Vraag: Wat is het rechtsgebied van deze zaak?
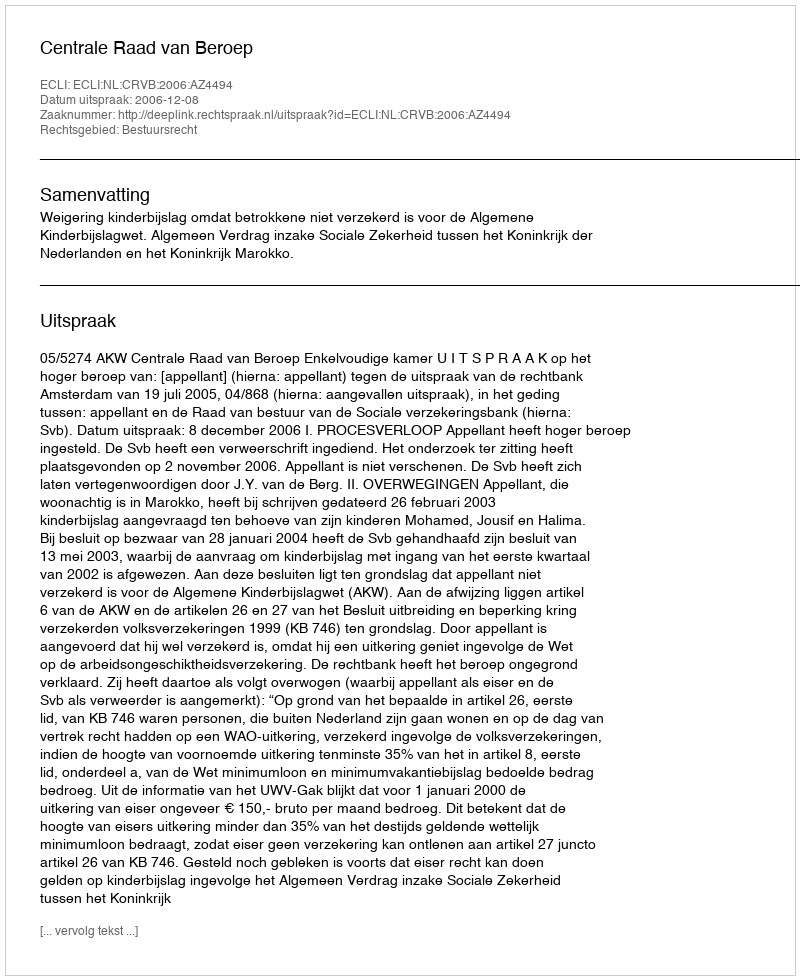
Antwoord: Bestuursrecht